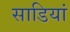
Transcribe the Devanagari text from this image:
साडियां